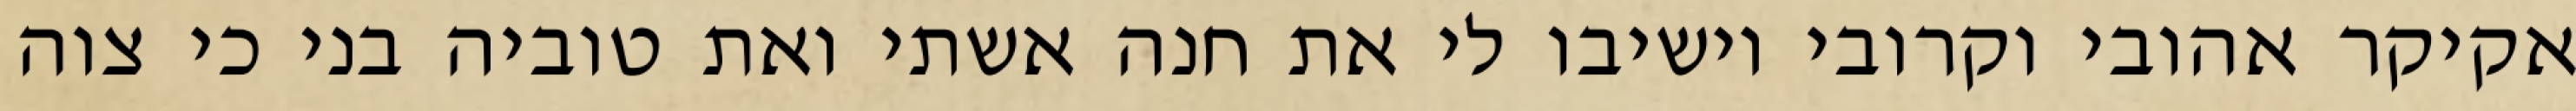
אקיקר אהובי וקרובי וישיבו לי את חנה אשתי ואת טוביה בני כי צוה